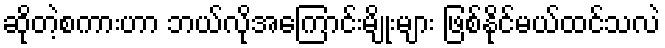
ဆိုတဲ့စကားဟာ ဘယ်လိုအကြောင်းမျိုးများ ဖြစ်နိုင်မယ်ထင်သလဲ